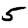
Digit: 5